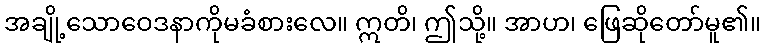
အချို့သောဝေဒနာကိုမခံစားလေ။ ဣတိ၊ ဤသို့။ အာဟ၊ ဖြေဆိုတော်မူ၏။